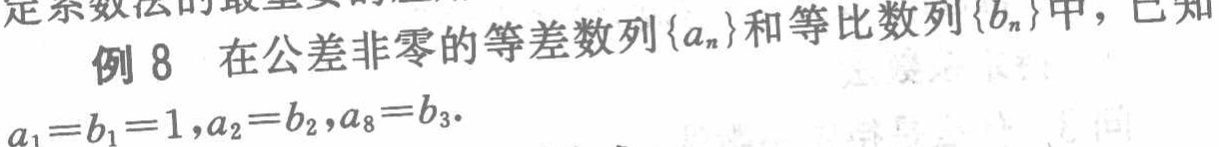
例8 在公差非零的等差数列\(\{a_{n}\}\)和等比数列\(\{b_{n}\}\)中，已知\(a_{1}=b_{1}=1,a_{2}=b_{2},a_{8}=b_{3}\)。